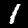
Label: 1